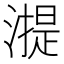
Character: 𣾸